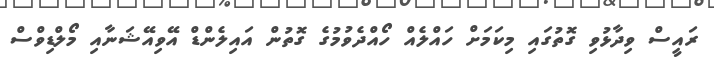
ރައީސް ވިދާޅުވި ގޮތުގައި މިކަމަށް ހައްލެއް ހޯއްދެވުމުގެ ގޮތުން އައިލެންޑް އޭވިއޭޝަނާއި މޯލްޑިވްސް